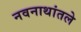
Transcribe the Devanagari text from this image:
नवनाथांतले